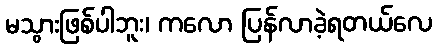
မသွားဖြစ်ပါဘူး၊ ကလော ပြန်လာခဲ့ရတယ်လေ